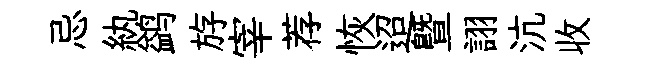
忌紈鹢斿宰荐恢迢曁詡沆收